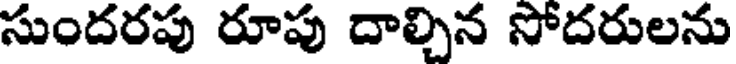
సుందరపు రూపు దాల్చిన సోదరులను